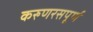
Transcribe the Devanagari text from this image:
करुणरसपूर्ण